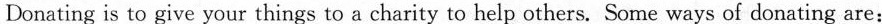
Donating is to give your things to a charity to help others. Some ways of donating are: